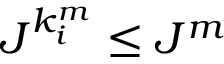
J ^ { k _ { i } ^ { m } } \le J ^ { m }